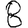
Digit: 8